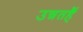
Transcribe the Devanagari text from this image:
उन्नतहैं